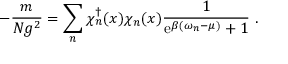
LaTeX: - \frac { m } { N g ^ { 2 } } = \sum _ { n } \chi _ { n } ^ { \dagger } ( x ) \chi _ { n } ( x ) \frac { 1 } { \mathrm { e } ^ { \beta ( \omega _ { n } - \mu ) } + 1 } \ .